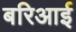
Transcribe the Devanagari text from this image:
बरिआई